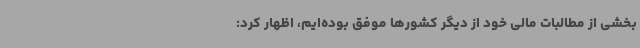
بخشی از مطالبات مالی خود از دیگر کشورها موفق بوده‌ایم، اظهار کرد: